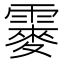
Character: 䨫